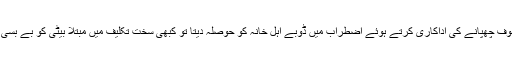
باپ کبھی خوف چھپانے کی اداکاری کرتے ہوئے اضطراب میں ڈوبے اہل خانہ کو حوصلہ دیتا تو کبھی سخت تکلیف میں مبتلا بیٹی کو بے بسی سے دیکھتا۔